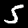
Label: 5